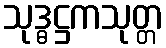
သုဒ္ဓဋ္ဌကသုတ္တ